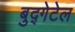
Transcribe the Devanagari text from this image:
बुद्गेटेल